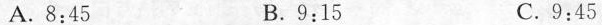
A.8:45 B.9:15 C.9:45